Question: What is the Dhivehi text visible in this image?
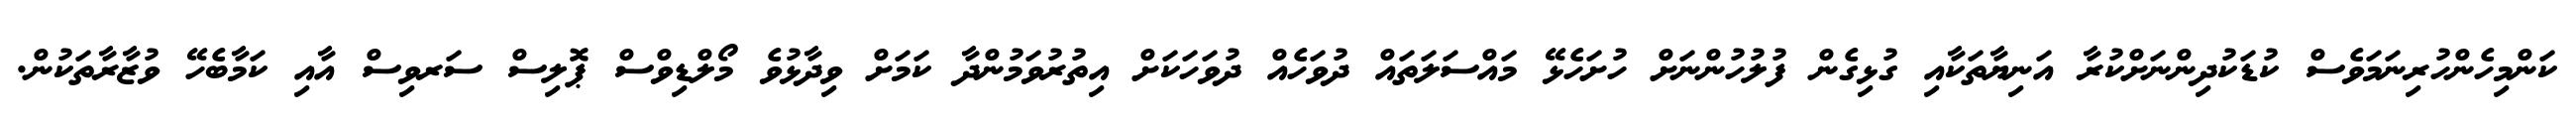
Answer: ކަންމިހެންހުރިނަމަވެސް ކުޑަކުދިންނަށްކުރާ އަނިޔާތަކާއި ގުޅިގެން ފުލުހުންނަށް ހުށަހެޅޭ މައްސަލަތައް ދުވަހެއް ދުވަހަކަށް އިތުރުވަމުންދާ ކަމަށް ވިދާޅުވެ މޯލްޑިވްސް ޕޮލިސް ސަރވިސް އާއި ކަމާބެހޭ ވުޒާރާތަކުން.